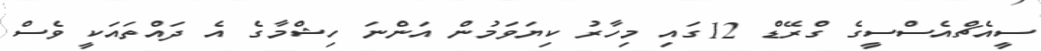
ސީއެޗްއެސްސީގެ ގްރޭޑް 12ގައި މިހާރު ކިޔަވަމުން އަންނަ ހިޝްމާގެ އެ ދައްތައަކީ ވެސް